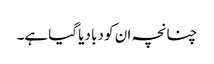
چنانچہ ان کو دبا دیا گیا ہے۔